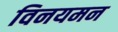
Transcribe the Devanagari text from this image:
विनयमन